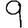
Digit: 9